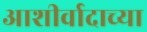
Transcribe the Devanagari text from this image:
आशीर्वादाच्या